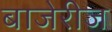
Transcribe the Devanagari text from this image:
बाजेरीज